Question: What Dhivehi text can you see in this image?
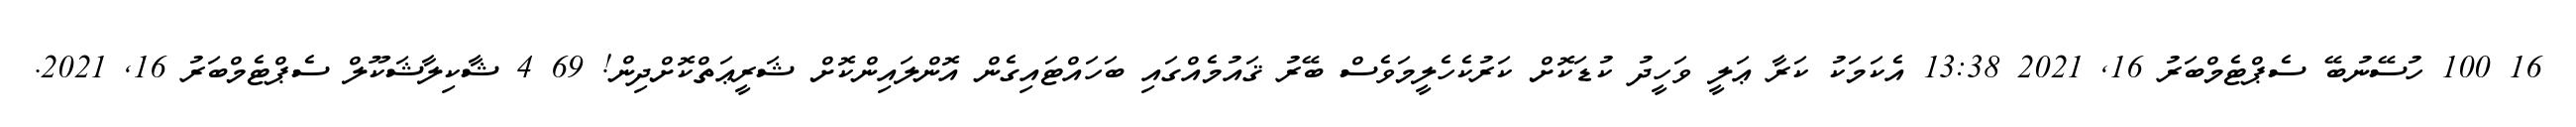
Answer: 16 100 ހުސޭނުބޭ ސެޕްޓެމްބަރު 16, 2021 13:38 އެކަމަކު ކަރާ ޢަލީ ވަހީދު ކުޑަކޮށް ކަރުކެހެލީމަވެސް ބޭރު ޤައުމެއްގައި ބަހައްޓައިގެން އޮންލައިންކޮށް ޝަރީޢަތްކޮށްދިން! 69 4 ޝާކިލާޝަކޫލް ސެޕްޓެމްބަރު 16, 2021.